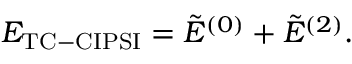
E _ { \mathrm { { T C - C I P S I } } } = \tilde { E } ^ { ( 0 ) } + \tilde { E } ^ { ( 2 ) } .